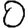
Digit: 0